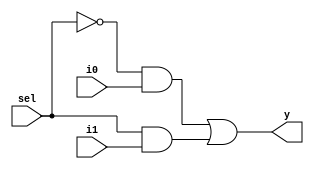
`timescale 1ns / 1ps

module mux_2x1(y,i0,i1,sel);

input i0,i1,sel;
output y;
wire w1,w2,w3;

not g1(w1,sel);
and g2(w2,w1,i0);
and g3(w3,sel,i1);
or g4(y,w2,w3);

endmodule